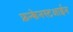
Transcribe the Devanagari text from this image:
फ्रन्केनस्टआईन